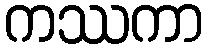
ကဿကာ